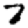
Digit: 7